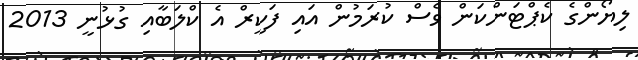
ލިޔޯންގެ ކެޕްޓަންކަން ވެސް ކުރަމުން އައި ފަކީރް އެ ކްލަބާއި ގުޅުނީ 2013